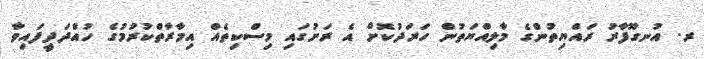
ރ. އުނގޫފާރު ރައްޔިތުންގެ މާލިއްޔަތުން ހަރަދުކޮށް އެ ރަށުގައި މިސްކިތެއް އިމާރާތްކުރުމުގެ ހުއްދަދީފައިވާ